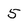
Character: 5